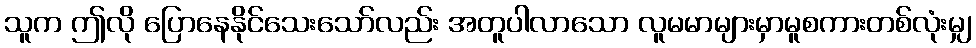
သူက ဤလို ပြောနေနိုင်သေးသော်လည်း အတူပါလာသော လူမမာများမှာမူစကားတစ်လုံးမျှ